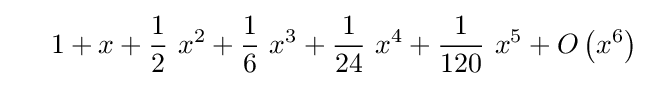
\ \ \ \ 1+x+{{\frac {1}{2}}\ {{x}^{2}}}+{{\frac {1}{6}}\ {{x}^{3}}}+{{\frac {1}{24}}\ {{x}^{4}}}+{{\frac {1}{120}}\ {{x}^{5}}}+{O\left({{x}^{6}}\right)}